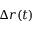
\Delta r ( t )